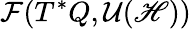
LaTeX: {\cal F}(T^{*}Q,{\cal U}(\mathscr{H}))